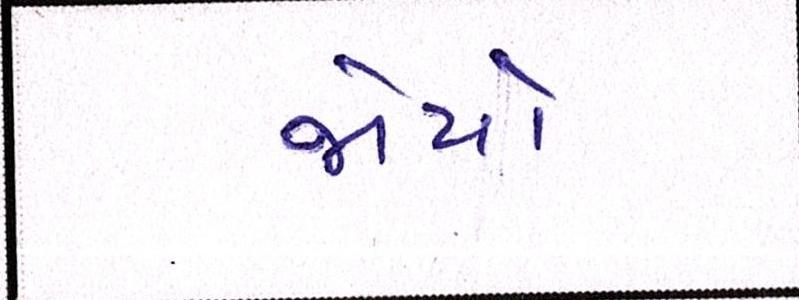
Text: જોયો